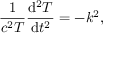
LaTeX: { \frac { 1 } { c ^ { 2 } T } } { \frac { \mathrm { d } ^ { 2 } T } { \mathrm { d } t ^ { 2 } } } = - k ^ { 2 } ,